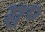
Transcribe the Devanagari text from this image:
स॰